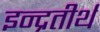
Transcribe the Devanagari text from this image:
इन्द्रतीर्थ